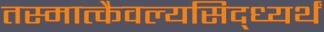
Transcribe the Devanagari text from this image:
तस्मात्कैवल्यसिद्ध्यर्थं